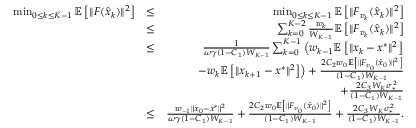
\begin{array} { r l r } { \operatorname* { m i n } _ { 0 \leq k \leq K - 1 } \mathbb { E } \left[ \| F ( \hat { x } _ { k } ) \| ^ { 2 } \right] } & { \leq } & { \operatorname* { m i n } _ { 0 \leq k \leq K - 1 } \mathbb { E } \left[ \| F _ { v _ { k } } ( \hat { x } _ { k } ) \| ^ { 2 } \right] } \\ & { \leq } & { \sum _ { k = 0 } ^ { K - 2 } \frac { w _ { k } } { W _ { K - 1 } } \mathbb { E } \left[ \| F _ { v _ { k } } ( \hat { x } _ { k } ) \| ^ { 2 } \right] } \\ & { \leq } & { \frac { 1 } { \omega \gamma ( 1 - C _ { 1 } ) W _ { K - 1 } } \sum _ { k = 0 } ^ { K - 1 } \left( w _ { k - 1 } \mathbb { E } \left[ \| x _ { k } - x ^ { * } \| ^ { 2 } \right] \right. } \\ & { } & { \quad \left. - w _ { k } \mathbb { E } \left[ \| x _ { k + 1 } - x ^ { * } \| ^ { 2 } \right] \right) + \frac { 2 C _ { 2 } w _ { 0 } \mathbb { E } \left[ \| F _ { v _ { 0 } } ( \hat { x } _ { 0 } ) \| ^ { 2 } \right] } { ( 1 - C _ { 1 } ) W _ { K - 1 } } } \\ & { } & { \quad + \frac { 2 C _ { 3 } W _ { K } \sigma _ { * } ^ { 2 } } { ( 1 - C _ { 1 } ) W _ { K - 1 } } } \\ & { \leq } & { \frac { w _ { - 1 } \| x _ { 0 } - x ^ { * } \| ^ { 2 } } { \omega \gamma ( 1 - C _ { 1 } ) W _ { K - 1 } } + \frac { 2 C _ { 2 } w _ { 0 } \mathbb { E } \left[ \| F _ { v _ { 0 } } ( \hat { x } _ { 0 } ) \| ^ { 2 } \right] } { ( 1 - C _ { 1 } ) W _ { K - 1 } } + \frac { 2 C _ { 3 } W _ { K } \sigma _ { * } ^ { 2 } } { ( 1 - C _ { 1 } ) W _ { K - 1 } } . } \end{array}